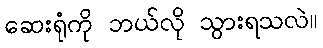
ဆေးရုံကို ဘယ်လို သွားရသလဲ။